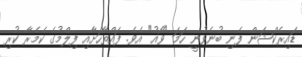
ޑައިރެކްޝަން ފެނި ބުނެވުނީ ހަމަ "ވޯއު" އެވެ. ފައްތާހަށާއި ފިލްމުގެ ކެމެރާ ކުރި